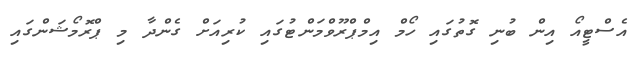
އެސްޓީއޯ އިން ބުނި ގޮތުގައި ހޯމް އިމްޕްރޫވްމަންޓުގައި ކުރިއަށް ގެންދާ މި ޕްރޮމޯޝަންގައި